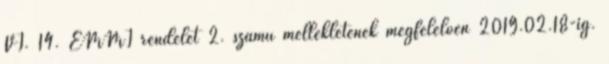
VI. 14. EMMI rendelet 2. számú mellékletének megfelelően 2019.02.18-ig.